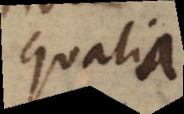
qualia